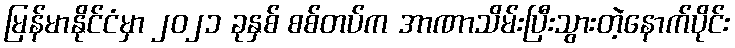
မြန်မာနိုင်ငံမှာ ၂၀၂၁ ခုနှစ် စစ်တပ်က အာဏာသိမ်းပြီးသွားတဲ့နောက်ပိုင်း